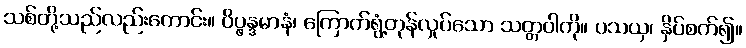
သစ်တို့သည်လည်းကောင်း။ ဝိပ္ဖန္ဒမာနံ၊ ကြောက်ရွံ့တုန်လှုပ်သော သတ္တဝါကို။ ပသယှ၊ နှိပ်စက်၍။